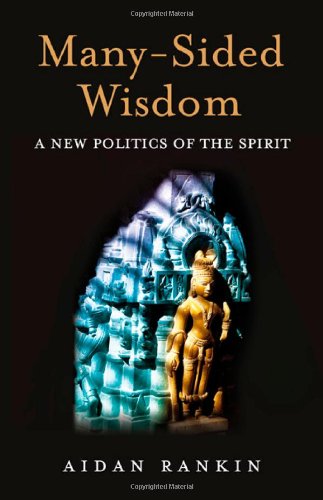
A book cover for Many-Sided Wisdom: A New Politics of the Spirit; Aidan Rankin; Religion & Spirituality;